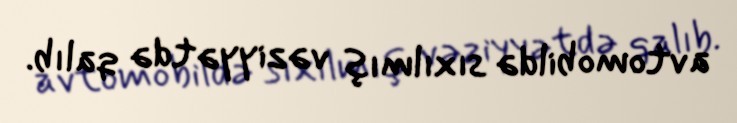
avtomobildə sıxılmış vəziyyətdə qalıb.